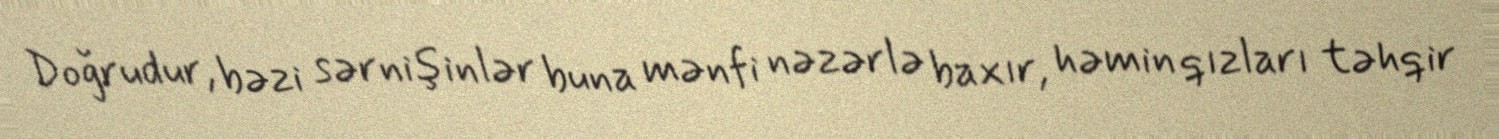
Doğrudur, bəzi sərnişinlər buna mənfi nəzərlə baxır, həmin qızları təhqir